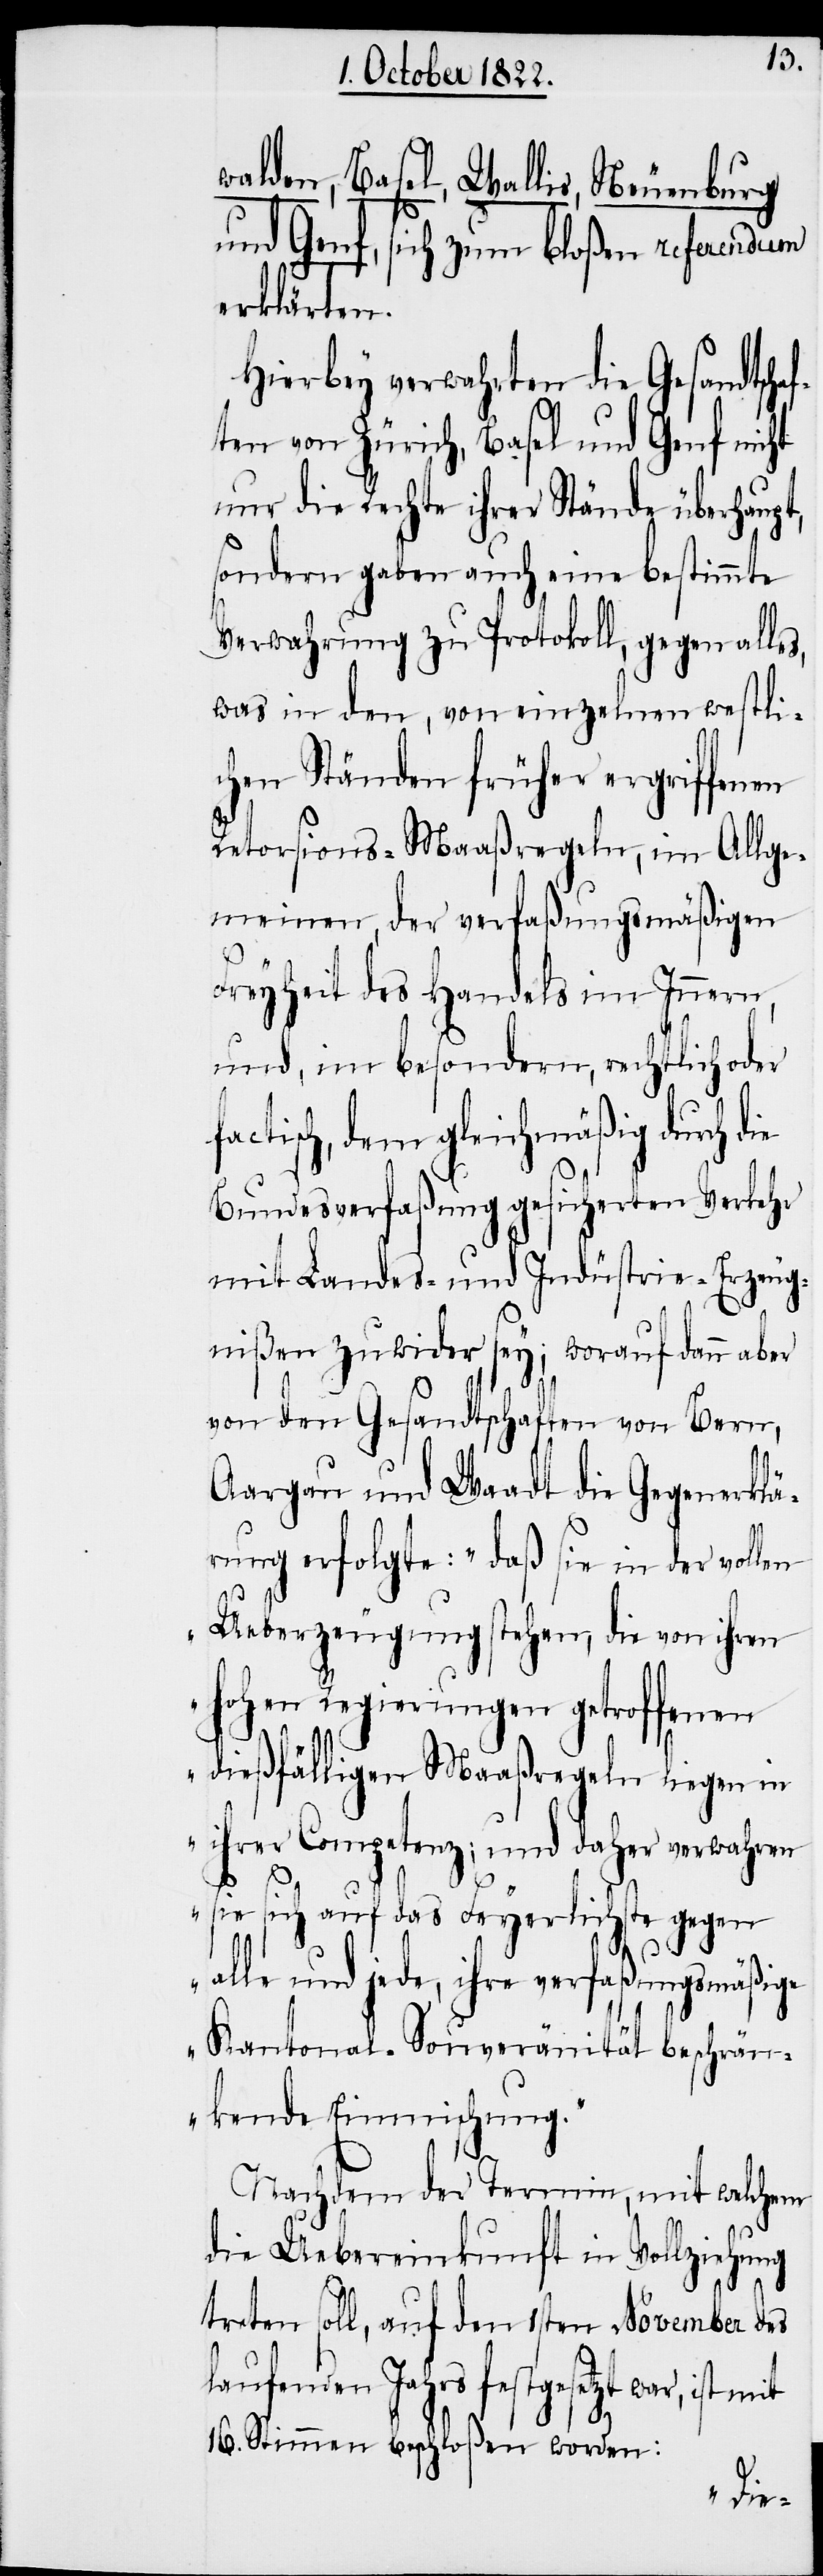
walden, Basel, Wallis, Neuenburg
und Genf, sich zum bloßen referendum
erklärten.
Hierbey verwahrten die Gesandtsch¬
ten von Zürich, Basel und Genf nicht
nur die Rechte ihrer Stände überhaupt,
sondern gaben auch eine bestimmte
Verwahrung zu Protokoll, gegen alles,
was in den, von einzelnen westli¬
chen Ständen früher ergriffenen
af¬
Retorsions-Maaßregeln, im Allge¬
meinen, der verfaßungsmäßigen
Freyheit des Handels im Innern,
und, im besondern, rechtlich oder
factisch, dem gleichmäßig durch die
Bundesverfaßung gesicherten Verkehr
mit Landes- und Indüstrie-Erzeug¬
nißen zuwider sey; worauf dann aber
von den Gesandtschaften von Bern,
Aargau und Waadt die Gegenerklä¬
rung erfolgte: „daß sie in der vollen
Ueberzeugung stehen, die von ihren
hohen Regierungen getroffenen
dießfälligen Maaßregeln liegen in
ihrer Competenz; und daher verwahren
sie sich auf das Feyerlichste gegen
alle und jede, ihre verfaßungsmäßige
Kantonal-Souveränität beschrän¬
kende Einmischung.“
Nachdem der Termin, mit welchem
die Uebereinkunft in Vollziehung
treten soll, auf den 1sten November des
laufenden Jahrs festgesetzt war, ist
16. Stimmen beschloßen worden: